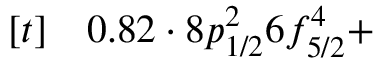
\begin{array} { r l } { [ t ] } & { { } 0 . 8 2 \cdot 8 p _ { 1 / 2 } ^ { 2 } 6 f _ { 5 / 2 } ^ { 4 } + } \end{array}